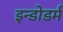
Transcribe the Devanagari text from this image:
इन्डोडर्म